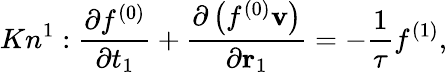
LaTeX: K{n^{1}}:\frac{{\partial{f^{(0)}}}}{{\partial{t_{1}}}}+\frac{{\partial\left({{f^{(0)}}{\mathbf{v}}}\right)}}{{\partial{{\mathbf{r}}_{1}}}}=-\frac{1}{\tau}{f^{(1)}},